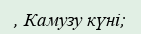
, Камузу күні;